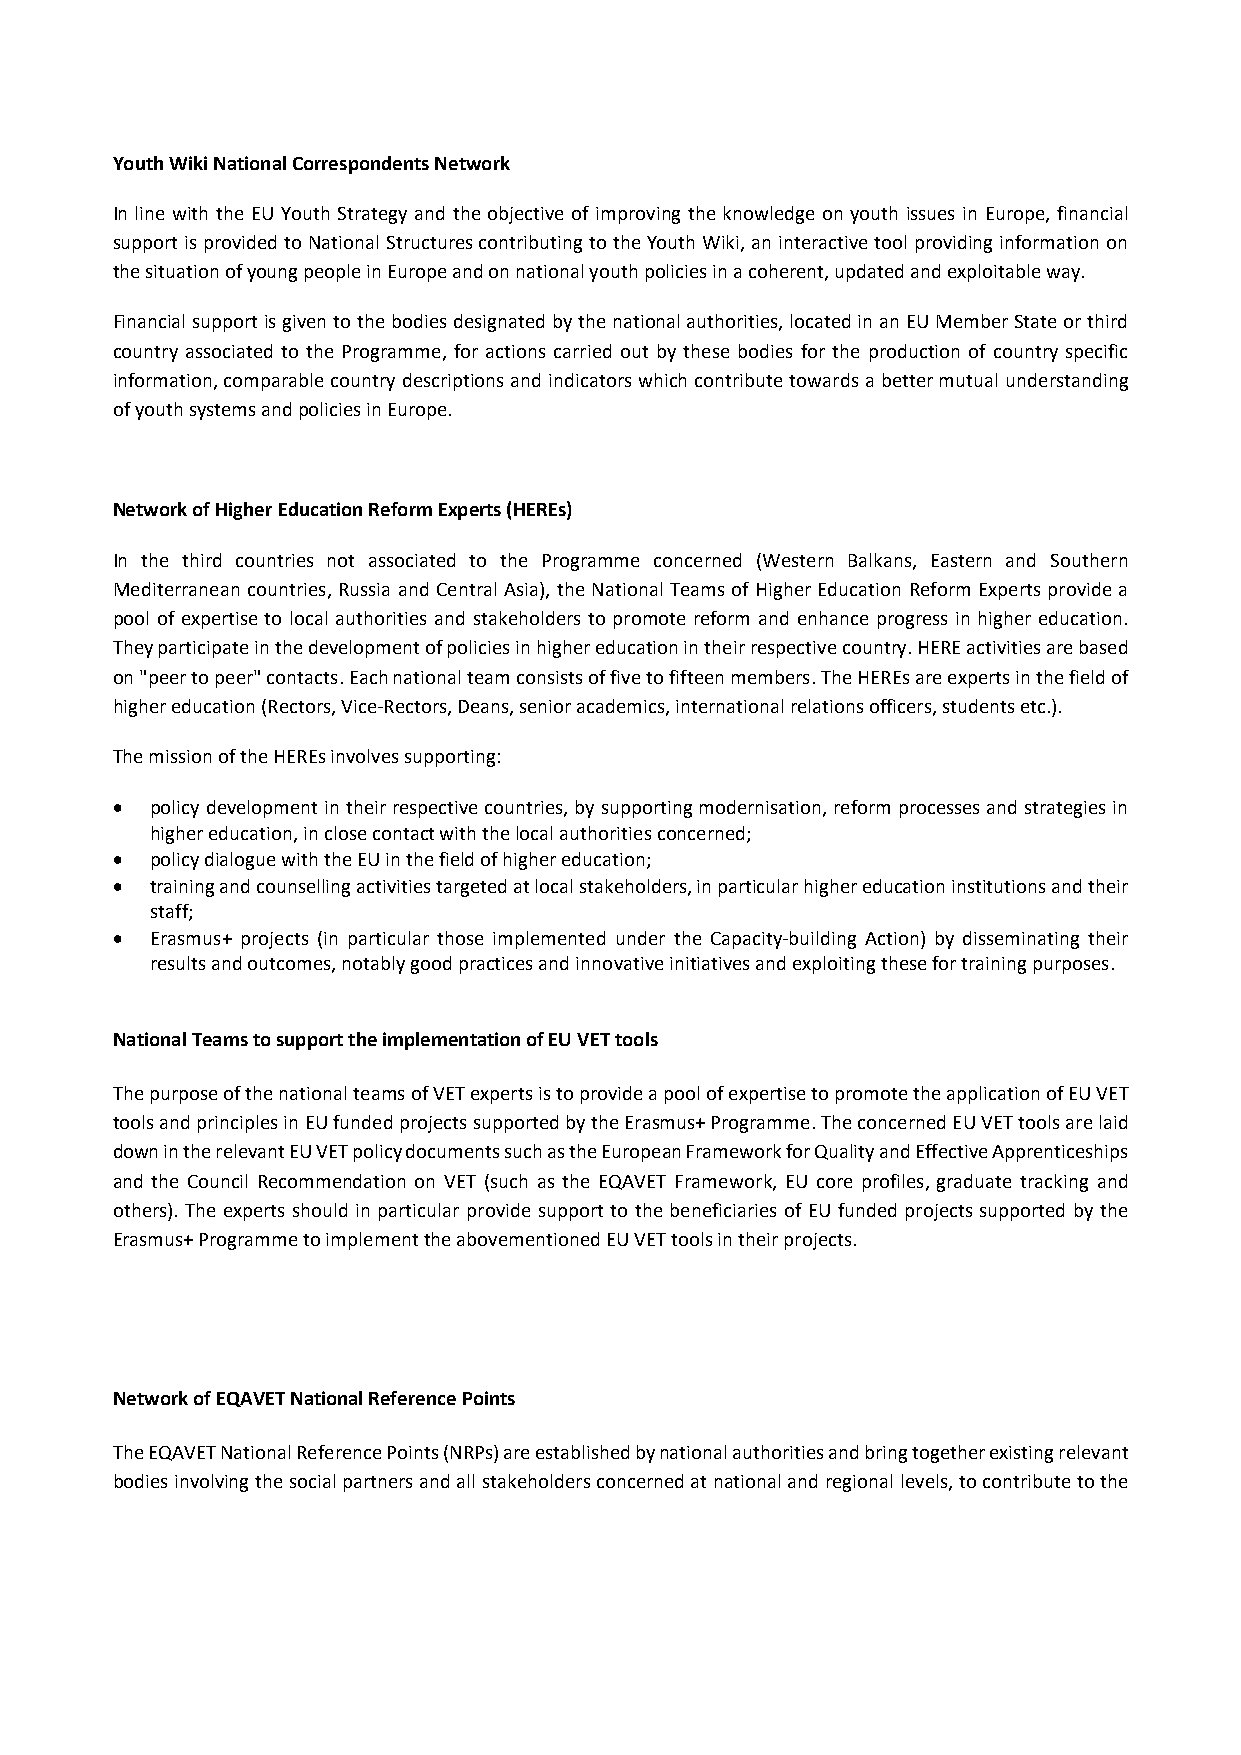
Youth Wiki National Correspondents Network
 In line with the EU Youth Strategy and the objective of improving the knowledge on youth issues in Europe, financial
 support is provided to National Structures contributing to the Youth Wiki, an interactive tool providing information on
 the situation of young people in Europe and on national youth policies in a coherent, updated and exploitable way.
 Financial support is given to the bodies designated by the national authorities, located in an EU Member State or third
 country associated to the Programme, for actions carried out by these bodies for the production of country specific
 information, comparable country descriptions and indicators which contribute towards a better mutual understanding
 of youth systems and policies in Europe.
 Network of Higher Education Reform Experts (HEREs)
 In the third countries not associated to the Programme concerned (Western Balkans, Eastern and Southern
 Mediterranean countries, Russia and Central Asia), the National Teams of Higher Education Reform Experts provide a
 pool of expertise to local authorities and stakeholders to promote reform and enhance progress in higher education.
 They participate in the development of policies in higher education in their respective country. HERE activities are based
 on "peer to peer" contacts. Each national team consists of five to fifteen members. The HEREs are experts in the field of
 higher education (Rectors, Vice‐Rectors, Deans, senior academics, international relations officers, students etc.).
 The mission of the HEREs involves supporting:
   policy development in their respective countries, by supporting modernisation, reform processes and strategies in
 higher education, in close contact with the local authorities concerned;
   policy dialogue with the EU in the field of higher education;
   training and counselling activities targeted at local stakeholders, in particular higher education institutions and their
 staff;
   Erasmus+ projects (in particular those implemented under the Capacity‐building Action) by disseminating their
 results and outcomes, notably good practices and innovative initiatives and exploiting these for training purposes.
 National Teams to support the implementation of EU VET tools
 The purpose of the national teams of VET experts is to provide a pool of expertise to promote the application of EU VET
 tools and principles in EU funded projects supported by the Erasmus+ Programme. The concerned EU VET tools are laid
 down in the relevant EU VET policy documents such as the European Framework for Quality and Effective Apprenticeships
 and the Council Recommendation on VET (such as the EQAVET Framework, EU core profiles, graduate tracking and
 others). The experts should in particular provide support to the beneficiaries of EU funded projects supported by the
 Erasmus+ Programme to implement the abovementioned EU VET tools in their projects.
 Network of EQAVET National Reference Points
 The EQAVET National Reference Points (NRPs) are established by national authorities and bring together existing relevant
 bodies involving the social partners and all stakeholders concerned at national and regional levels, to contribute to the